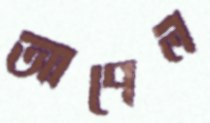
আপেল